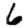
Digit: 6